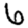
Digit: 6